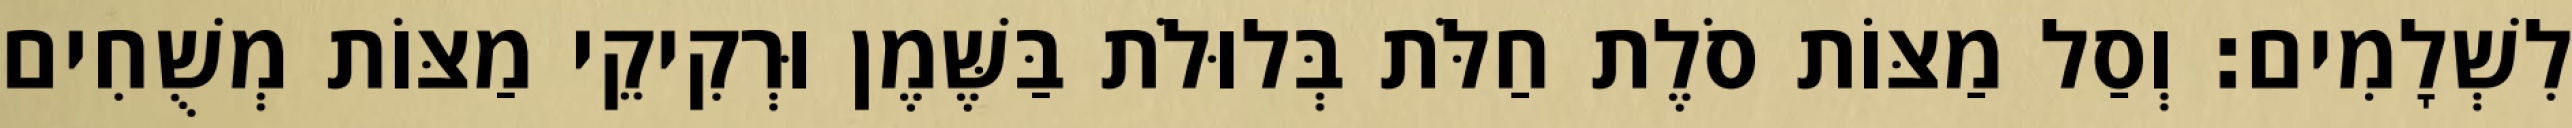
לִשְׁלָמִים׃ וְסַל מַצּוֹת סֹלֶת חַלֹּת בְּלוּלֹת בַּשֶּׁמֶן וּרְקִיקֵי מַצּוֹת מְשֻׁחִים